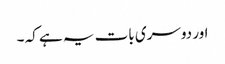
اور دوسری بات یہ ہے کہ ۔